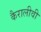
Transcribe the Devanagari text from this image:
कैरालीवी